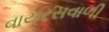
વાયરસવાળી